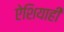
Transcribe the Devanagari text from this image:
ऐशियाही